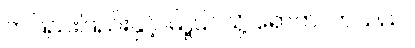
တဖြည်းဖြည်းနှင့် မြို့ပြင်သို့ ရောက်လာသည်။